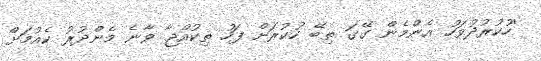
''ހުކުރުދުވަހު އެންމެން ގޭގަ ތިބޭ ހުކުރަށް ފަހު ތިކުއްޖާ ވާނެ މެންދުރު ކެއުމަށް